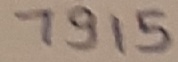
Text: 7915